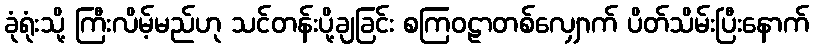
ခုံရုံးသို့ ကြီးလိမ့်မည်ဟု သင်တန်းပို့ချခြင်း စကြဝဠာတစ်လျှောက် ပိတ်သိမ်းပြီးနောက်